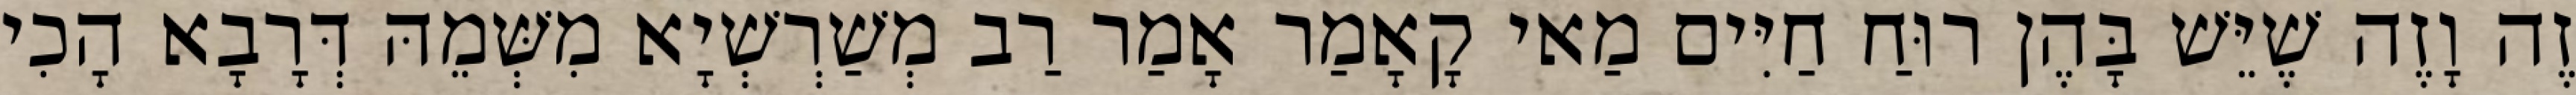
זֶה וָזֶה שֶׁיֵּשׁ בָּהֶן רוּחַ חַיִּים מַאי קָאָמַר אָמַר רַב מְשַׁרְשְׁיָא מִשְּׁמֵהּ דְּרָבָא הָכִי